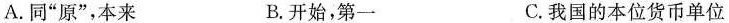
A.同”原”，本来 B.开始，第一 C.我国的本位货币单位